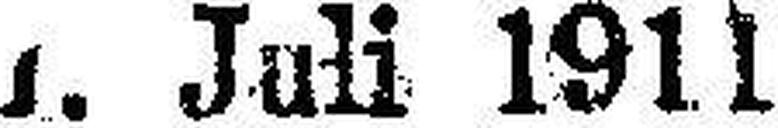
1. Juli 1911